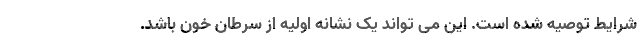
شرایط توصیه شده است. این می تواند یک نشانه اولیه از سرطان خون باشد.